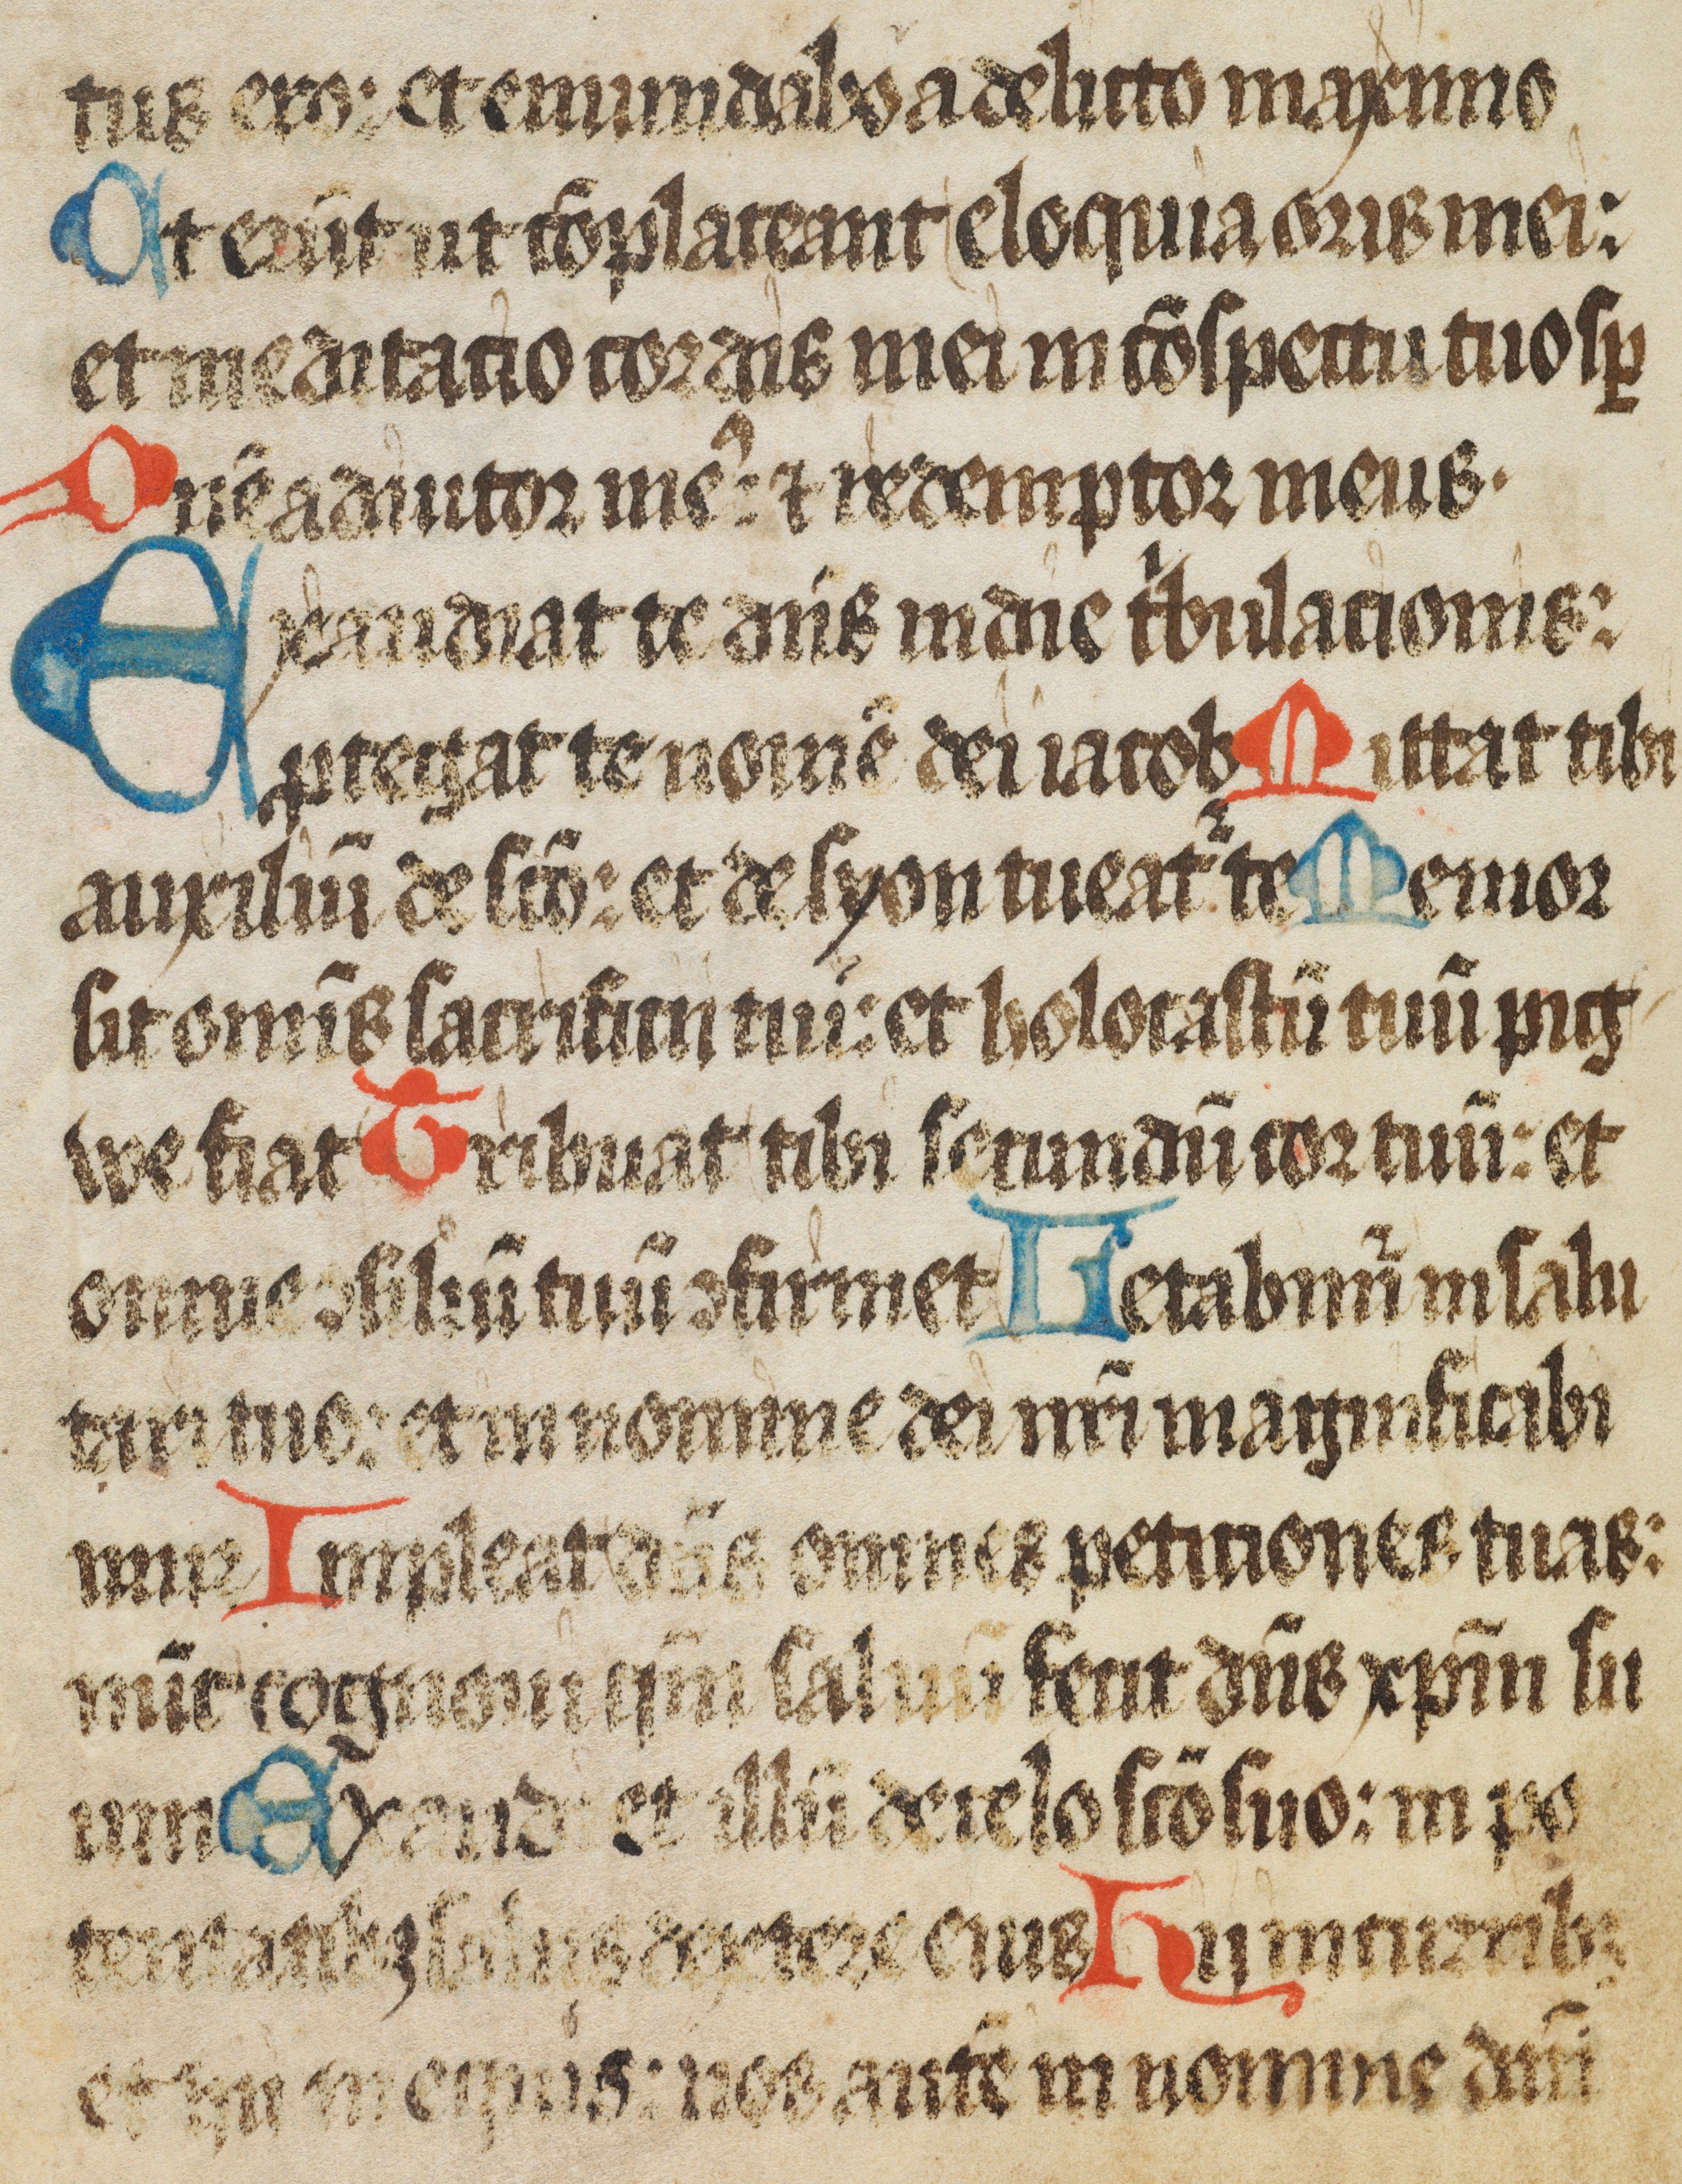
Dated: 1450–1499